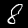
Label: 8